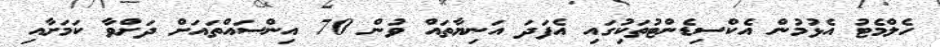
ހެލްމެޓު އެޅުމުން އެކްސިޑެންޓުތަކުިގައި އެފަދަ އަނިޔާތައް ވުން 70 އިންސައްތައަށް ދަށްވާ ކަމަށާއި